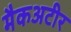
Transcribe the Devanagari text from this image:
मैकअटीर